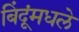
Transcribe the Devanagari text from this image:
बिंदूंमधले